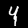
Label: 4